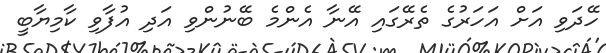
ހޭދަވި އަށް އަހަރުގެ ތެރޭގައި އޭނާ އެންމެ ބޭނުންވި އަދި އުފާވި ކާމިޔާބީ